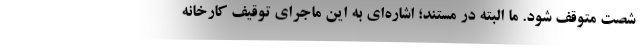
شصت متوقف شود. ما البته در مستند؛ اشاره‌ای به این ماجرای توقیف کارخانه